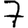
Digit: 7